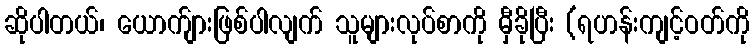
ဆိုပါတယ်၊ ယောက်ျားဖြစ်ပါလျက် သူများလုပ်စာကို မှီခိုပြီး (ရဟန်းကျင့်ဝတ်ကို